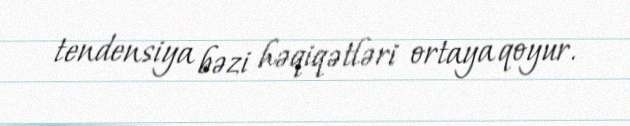
tendensiya bəzi həqiqətləri ortaya qoyur.